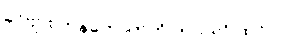
ခင်ဗျား ဘန်ကောက်ကို ဘယ်လို ထင်လဲ။